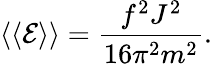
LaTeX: \langle\langle{\mathcal E}\rangle\rangle=\frac{f^{2}J^{2}}{16\pi^{2}m^{2}}.